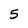
Character: 5